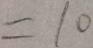
= 1 0